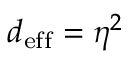
d _ { \mathrm { e f f } } = \eta ^ { 2 }